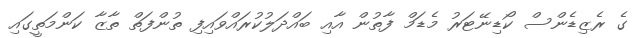
ގެ ރެޒިޑެންސް ކޯޑިނޭޓަރު މެޑަމް ފާތުން އާއި ބައްދަލުކުރައްވައިފި ތުންފަތް ތާޒާ ކަންމަތީގައި